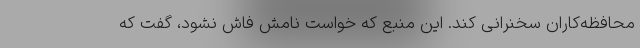
محافظه‌کاران سخنرانی کند. این منبع که خواست نامش فاش نشود، گفت که